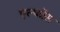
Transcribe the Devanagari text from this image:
एल्फोंस